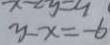
y - x = - 6